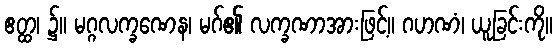
ဧတ္ထ၊ ၌။ မဂ္ဂလက္ခဏေန၊ မဂ်၏ လက္ခဏာအားဖြင့်။ ဂဟဏံ၊ ယူခြင်းကို။